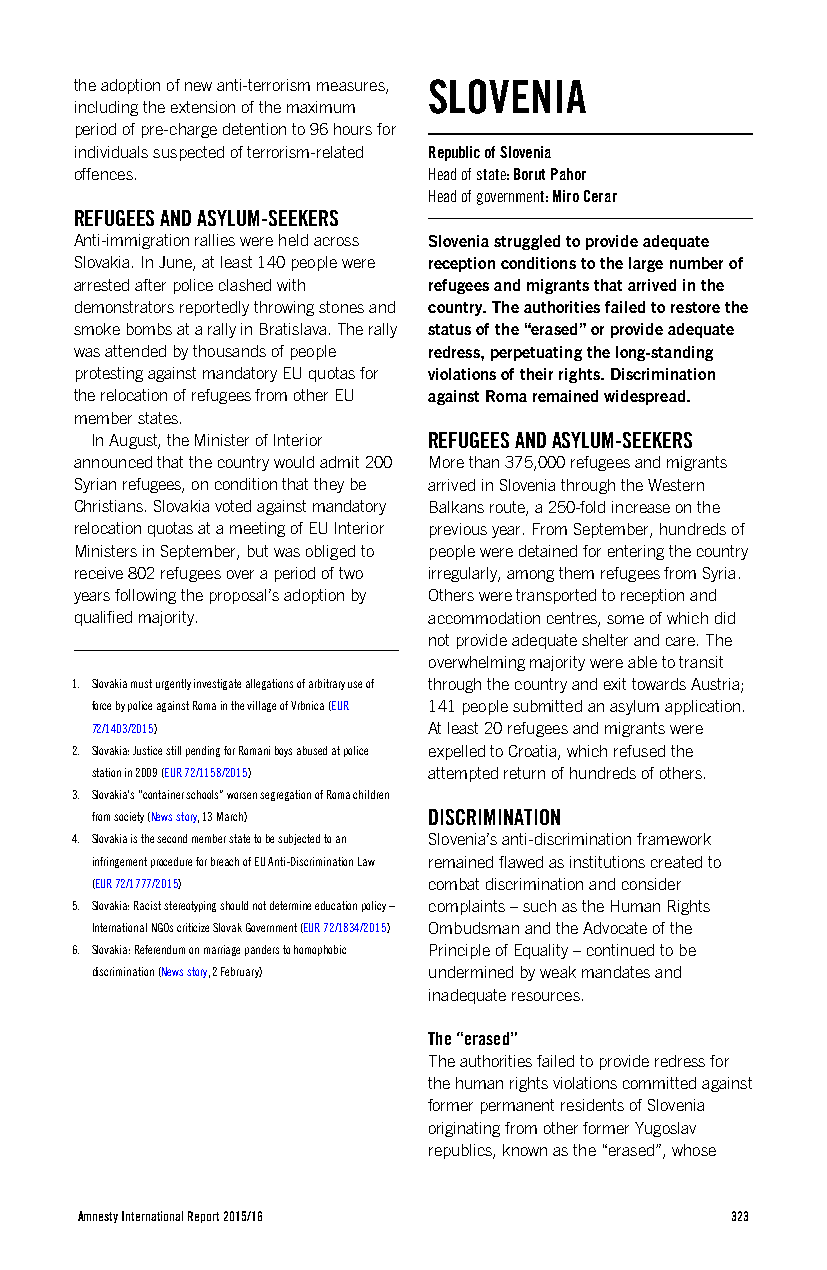
the adoption of new anti-terrorism measures, SLOVENIA
 including the extension of the maximum
 period of pre-charge detention to 96 hours for
 individuals suspected of terrorism-related Republic of Slovenia
 offences.              Head of state: Borut Pahor
 Head of government: Miro Cerar
 REFUGEES AND ASYLUM-SEEKERS
 Anti-immigration rallies were held across Slovenia struggled to provide adequate
 Slovakia. In June, at least 140 people were reception conditions to the large number of
 arrested after police clashed with refugees and migrants that arrived in the
 demonstrators reportedly throwing stones and country. The authorities failed to restore the
 smoke bombs at a rally in Bratislava. The rally status of the “erased” or provide adequate
 was attended by thousands of people redress, perpetuating the long-standing
 protesting against mandatory EU quotas for violations of their rights. Discrimination
 the relocation of refugees from other EU against Roma remained widespread.
 member states.
 In August, the Minister of Interior REFUGEES AND ASYLUM-SEEKERS
 announced that the country would admit 200 More than 375,000 refugees and migrants
 Syrian refugees, on condition that they be arrived in Slovenia through the Western
 Christians. Slovakia voted against mandatory Balkans route, a 250-fold increase on the
 relocation quotas at a meeting of EU Interior previous year. From September, hundreds of
 Ministers in September, but was obliged to people were detained for entering the country
 receive 802 refugees over a period of two irregularly, among them refugees from Syria.
 years following the proposal’s adoption by Others were transported to reception and
 qualified majority.    accommodation centres, some of which did
 not provide adequate shelter and care. The
 overwhelming majority were able to transit
 1. Slovakia must urgently investigate allegations of arbitrary use of through the country and exit towards Austria;
 force by police against Roma in the village of Vrbnica (EUR 141 people submitted an asylum application.
 72/1403/2015)         At least 20 refugees and migrants were
 2. Slovakia: Justice still pending for Romani boys abused at police expelled to Croatia, which refused the
 station in 2009 (EUR 72/1158/2015) attempted return of hundreds of others.
 3. Slovakia’s “container schools” worsen segregation of Roma children
 from society (News story, 13 March) DISCRIMINATION
 4. Slovakia is the second member state to be subjected to an Slovenia’s anti-discrimination framework
 infringement procedure for breach of EU Anti-Discrimination Law remained flawed as institutions created to
 (EUR 72/1777/2015)    combat discrimination and consider
 5. Slovakia: Racist stereotyping should not determine education policy – complaints – such as the Human Rights
 International NGOs criticize Slovak Government (EUR 72/1834/2015) Ombudsman and the Advocate of the
 6. Slovakia: Referendum on marriage panders to homophobic Principle of Equality – continued to be
 discrimination (News story, 2 February) undermined by weak mandates and
 inadequate resources.
 The “erased”
 The authorities failed to provide redress for
 the human rights violations committed against
 former permanent residents of Slovenia
 originating from other former Yugoslav
 republics, known as the “erased”, whose
 Amnesty International Report 2015/16       323